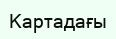
Картадағы